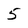
Character: 5